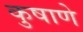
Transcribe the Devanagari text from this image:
कुषाणे